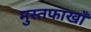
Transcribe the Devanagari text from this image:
मुस्तफाखाँ